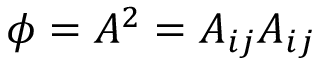
\phi = A ^ { 2 } = A _ { i j } A _ { i j }